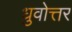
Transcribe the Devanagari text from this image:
ध्रुवोत्तर